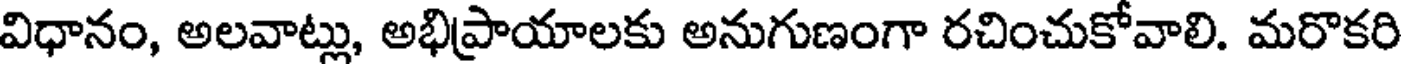
విధానం, అలవాట్లు, అభిప్రాయాలకు అనుగుణంగా రచించుకోవాలి. మరొకరి